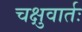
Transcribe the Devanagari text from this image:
चक्षुवार्तः